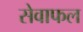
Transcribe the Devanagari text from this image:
सेवाफल